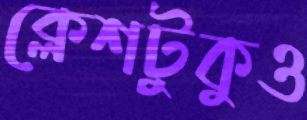
ক্লেশটুকুও